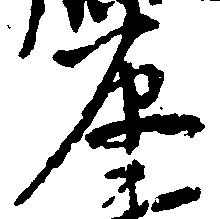
原